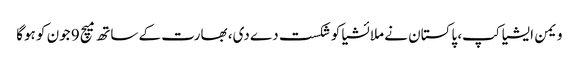
ویمن ایشیا کپ، پاکستان نے ملائشیا کو شکست دے دی، بھارت کے ساتھ میچ 9 جون کو ہوگا